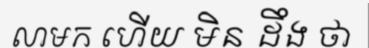
លាមក ហើយ មិន ដឹង ថា